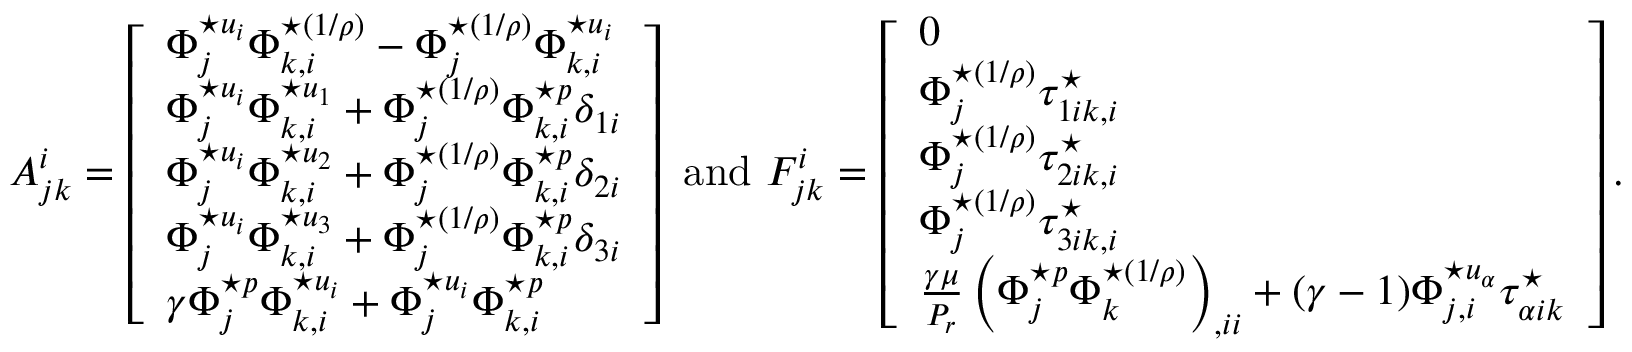
A _ { j k } ^ { i } = \left[ \begin{array} { l } { \Phi _ { j } ^ { \star u _ { i } } \Phi _ { k , i } ^ { \star ( 1 / \rho ) } - \Phi _ { j } ^ { \star ( 1 / \rho ) } \Phi _ { k , i } ^ { \star u _ { i } } } \\ { \Phi _ { j } ^ { \star u _ { i } } \Phi _ { k , i } ^ { \star u _ { 1 } } + \Phi _ { j } ^ { \star ( 1 / \rho ) } \Phi _ { k , i } ^ { \star p } \delta _ { 1 i } } \\ { \Phi _ { j } ^ { \star u _ { i } } \Phi _ { k , i } ^ { \star u _ { 2 } } + \Phi _ { j } ^ { \star ( 1 / \rho ) } \Phi _ { k , i } ^ { \star p } \delta _ { 2 i } } \\ { \Phi _ { j } ^ { \star u _ { i } } \Phi _ { k , i } ^ { \star u _ { 3 } } + \Phi _ { j } ^ { \star ( 1 / \rho ) } \Phi _ { k , i } ^ { \star p } \delta _ { 3 i } } \\ { \gamma \Phi _ { j } ^ { \star p } \Phi _ { k , i } ^ { \star u _ { i } } + \Phi _ { j } ^ { \star u _ { i } } \Phi _ { k , i } ^ { \star p } } \end{array} \right] \mathrm { ~ a n d ~ } F _ { j k } ^ { i } = \left[ \begin{array} { l } { 0 } \\ { \Phi _ { j } ^ { \star ( 1 / \rho ) } \tau _ { 1 i k , i } ^ { \star } } \\ { \Phi _ { j } ^ { \star ( 1 / \rho ) } \tau _ { 2 i k , i } ^ { \star } } \\ { \Phi _ { j } ^ { \star ( 1 / \rho ) } \tau _ { 3 i k , i } ^ { \star } } \\ { \frac { \gamma \mu } { P _ { r } } \left( \Phi _ { j } ^ { \star p } \Phi _ { k } ^ { \star ( 1 / \rho ) } \right) _ { , i i } + ( \gamma - 1 ) \Phi _ { j , i } ^ { \star u _ { \alpha } } \tau _ { \alpha i k } ^ { \star } } \end{array} \right] .